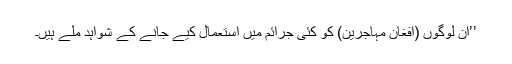
’’ان لوگوں (افغان مہاجرین) کو کئی جرائم میں استعمال کیے جانے کے شواہد ملے ہیں۔